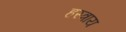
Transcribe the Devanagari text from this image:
हस्त्राय